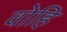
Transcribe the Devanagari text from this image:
वोहि